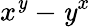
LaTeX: x^{\mathit{y}}-\mathit{y}^{x}